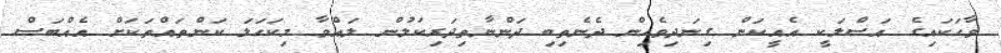
ވާހަކައިގެ އަސްލަކީ އެއީކަން ގިނަދިވެހިން ދެނެތިބި ދަންނާތިދަރިކަލުން ލައްވާ މިކަހަލަ ކަންތައްތަކަށް އެއްބަސް